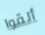
ألقوا